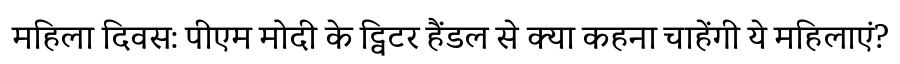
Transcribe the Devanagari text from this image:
महिला दिवस: पीएम मोदी के ट्विटर हैंडल से क्या कहना चाहेंगी ये महिलाएं?